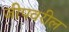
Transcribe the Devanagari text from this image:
जीपवरील